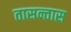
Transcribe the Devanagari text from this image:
तासन्तास